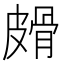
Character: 𰤱